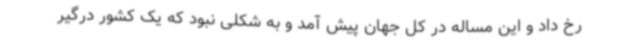
رخ داد و این مساله در کل جهان پیش آمد و به شکلی نبود که یک کشور درگیر